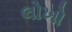
લોખો